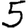
Digit: 5